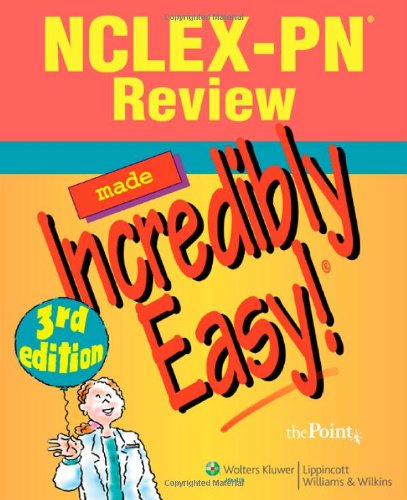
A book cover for NCLEX-PNÂ® Review Made Incredibly Easy! (Incredibly Easy! SeriesÂ®); Springhouse; Medical Books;